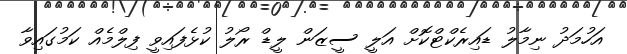
އަހުމަދު ނިމާލު ޑައިރެކްޓްކޮށް އަލީ ސީޒަން ލީޑް ރޯލު ކުޅެފައިވީ ފިލްމެއް ކަމުގައިވާ